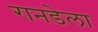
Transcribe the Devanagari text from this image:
रानडेला